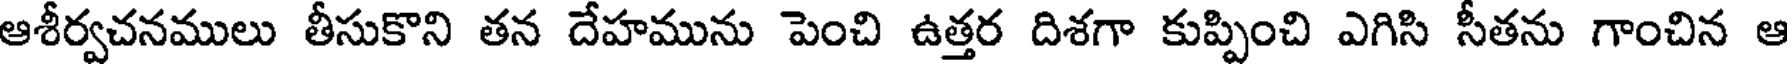
ఆశీర్వచనములు తీసుకొని తన దేహమును పెంచి ఉత్తర దిశగా కుప్పించి ఎగిసి సీతను గాంచిన ఆ